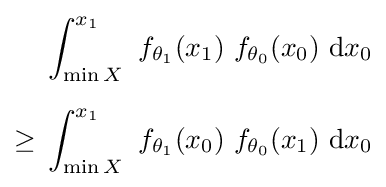
{\begin{aligned}&\int _{\min X}^{x_{1}}\ f_{\theta _{1}}(x_{1})\ f_{\theta _{0}}(x_{0})\ \mathrm {d} x_{0}\\[6pt]\geq {}&\int _{\min X}^{x_{1}}\ f_{\theta _{1}}(x_{0})\ f_{\theta _{0}}(x_{1})\ \mathrm {d} x_{0}\end{aligned}}